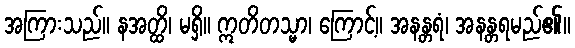
အကြားသည်။ နအတ္ထိ၊ မရှိ။ ဣတိတသ္မာ၊ ကြောင့်။ အနန္တရံ၊ အနန္တရမည်၏။